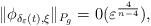
LaTeX: \begin{align*}\|\phi_{\delta_\varepsilon (t),\xi}\|_{P_g}=0( \varepsilon^{\frac{4}{n-4}}),\end{align*}